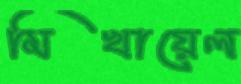
মিখায়েল